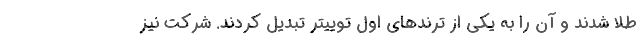
طلا شدند و آن را به یکی از ترندهای اول توییتر تبدیل کردند. شرکت نیز